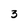
Character: 3